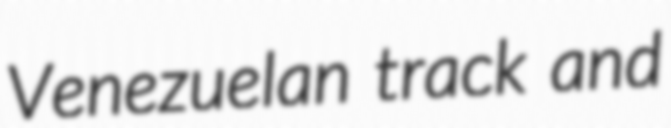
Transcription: Venezuelan track and